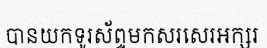
បានយកទូរស័ព្ទមកសរសេរអក្សរ